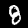
Digit: 8